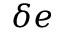
\delta e